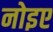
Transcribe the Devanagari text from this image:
नोइए